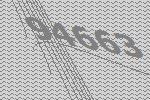
94663